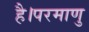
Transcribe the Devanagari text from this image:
है।परमाणु